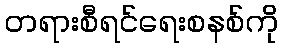
တရားစီရင်ရေးစနစ်ကို